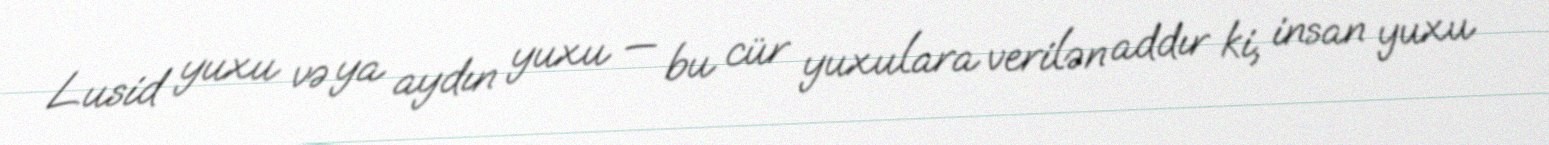
Lusid yuxu və ya aydın yuxu — bu cür yuxulara verilən addır ki, insan yuxu